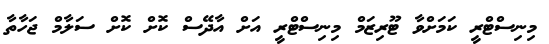
މިނިސްޓްރީ ކަމަށްވާ ޓޫރިޒަމް މިނިސްޓްރީ އަށް އާދޭސް ކޮށް ކޮށް ސަަލާމް ޖަހާތާ